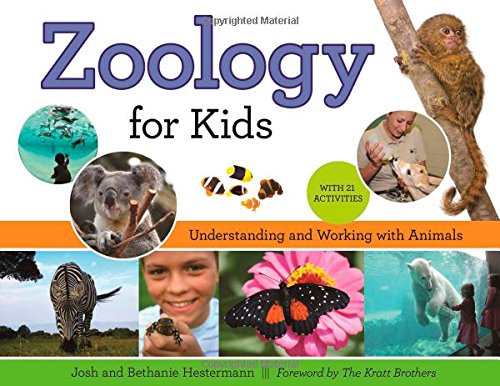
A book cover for Zoology for Kids: Understanding and Working with Animals, with 21 Activities (For Kids series); Josh Hestermann; Children's Books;